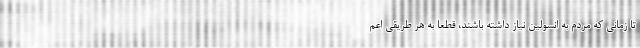
تا زمانی که مردم به انسولین نیاز داشته باشند، قطعا به هر طریقی اعم